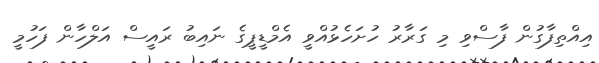
އިއްތިފާގުން ފާސްވި މި ގަރާރު ހުށަހެޅުއްވީ އެމްޑީޕީގެ ނައިބު ރައީސް އަލްހާން ފަހުމީ